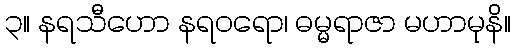
၃။ နရသီဟော နရဝရော၊ ဓမ္မရာဇာ မဟာမုနိ။